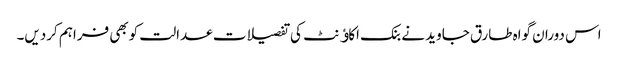
اس دوران گواہ طارق جاوید نے بنک اکاﺅنٹ کی تفصیلات عدالت کوبھی فراہم کردیں۔